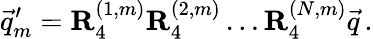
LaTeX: \vec{q}_{m}^{\prime}=\mathbf{R}_{4}^{(1,m)}\mathbf{R}_{4}^{(2,m)}\dots\mathbf{R}_{4}^{(N,m)}\vec{q}\, .